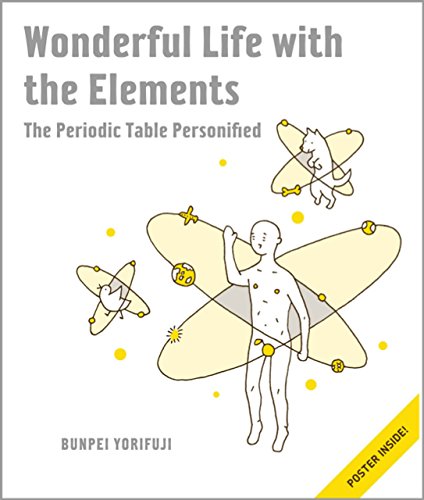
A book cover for Wonderful Life with the Elements: The Periodic Table Personified; Bunpei Yorifuji; Comics & Graphic Novels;